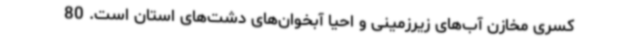
کسری مخازن آب‌های زیرزمینی و احیا آبخوان‌های دشت‌های استان است. 80